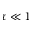
\tau \ll 1